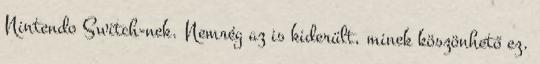
Nintendo Switch-nek. Nemrég az is kiderült, minek köszönhető ez.